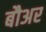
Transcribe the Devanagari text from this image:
बौअर